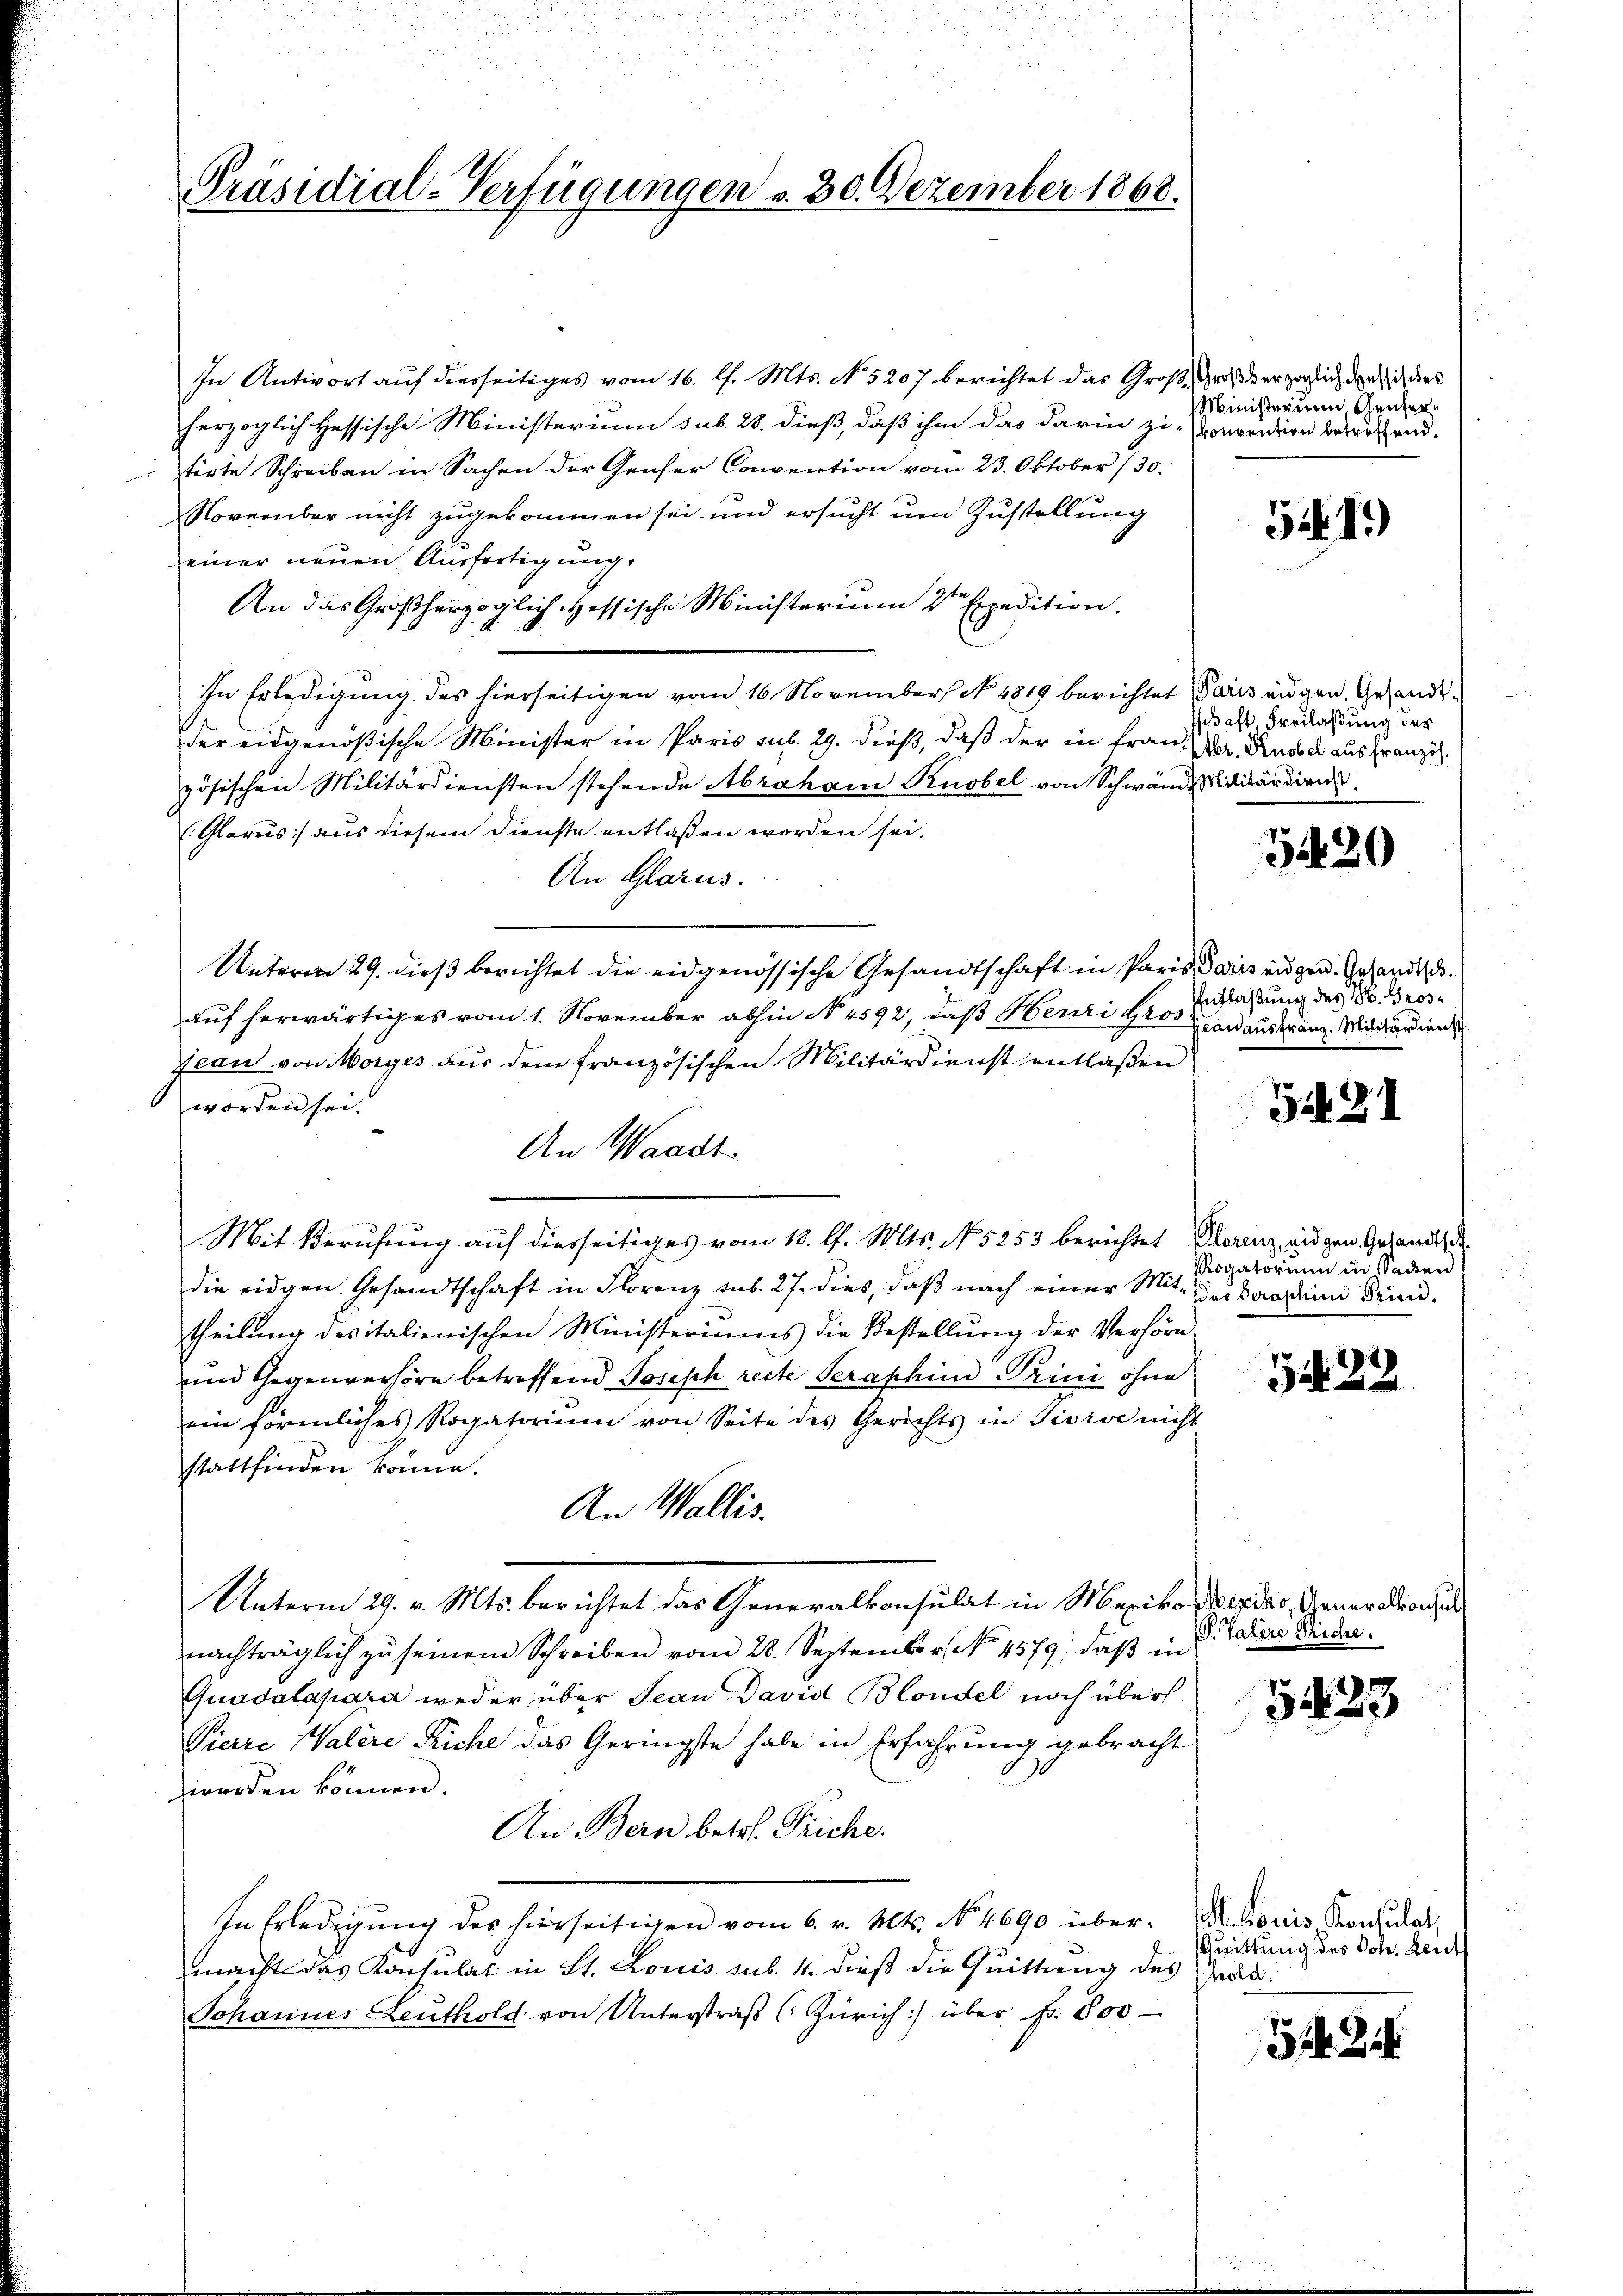
Präsidial-Verfügungen v. 30. Dezember 1868.

In Antwort auf diesseitiges vom 16. l. Mts. No. 5207 berichtet das Groß, Großherzoglich den sich dies
herzoglich Hessische Ministerium sub. 28. dieß, daß ihm das darin zi-Vronpridion betreffend.
tirte Schreiben in Sachen der Genfer Convention vom 23. Oktober 130.
November nicht zugekommen sei und ersucht um Zustellung
einer neuen Ausfertigung.
An das Großherzoglich Hessische Ministerium 2ten Expedition.
In Erledigung des hierseitigen vom 16. November No 1819 berichtet Paris augen. Gesandtder eidgenößische Minister in Paris sub. 29. dieß, daß der in Frau Dr. Rudoch aus franzigzösischen Militärdiensten stehende Abraham Knobel von Schwände Viditärdiens
(Glarus aus diesem Dienste entlaßen worden sei.
An Glarus.
Unterm 29. dieß berichtet die eidgenössische Gesandtschaft in Paris Paris eidgen. Gesandtscauf herwärtiges vom 1. November abhin No. 4592, daß Henri gros und aus franz. Militärdiens
Jean von Morges aus dem französischen Militärdienst entlaßen
worden sei.
An Waadt.
Mit Berufung auf diesseitiges vom 18. d. Mts. No 5253 berichtet Alorenz eigen Gesandtsch
die eidgen. Gesandtschaft in Florenz sub. 27. dies, daß nach einer Mittheilung des italienischen Ministeriums die Bestellung der Verhörn¬
und Gegenverhöre betreffend Josisch recte Peraphino Trini ohne
ein förmliches Rogatorium von Seite des Gerichts in Tisive nicht
stattfinden könne.
An Wallis.
Unterm 29. v. Mts. berichtet das Generalkonsulat in Mexikon Mordes, Generalkonsul
nachträglich zŭ seinem Schreiben vom 28. September, No. 4579, daβ in
Quadalapara weder über Jean David Blondel noch über
Pierre Walere Riche das Geringste habe in Erfahrung gebracht
worden können.
An Bern betr. Triche.
In Erledigung der hierseitigen vom 6. v. Mts. No. 4690 über- A. Louis Konsulat,
macht das Konsulat in St. Louis sub. 4. dieß die Quittung des Grad
Johannes Leuthold von Unterstraβ (: Zürich) über Fr. 800

Ministerium Genfer¬

Gif. 1.)

schaft Freilaßung des

5420

Entlaßung des B. Gros

12421

Rogatorium in Sachen
Das Seraschini Prin¬

5422.

P. Palere Siche.

5433

Quittung des Joh. Leut

544. 214